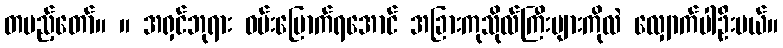
တပည့်တော်။ ။ အရှင်ဘုရား ဝမ်းမြောက်ရအောင် အခြားကုသိုလ်ကြီးများကိုလဲ လျှောက်ပါဦးမယ်။